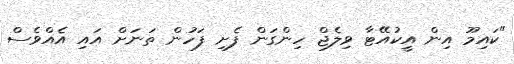
"ކައިމޫ އިން އީކުއޭޓާ ވިލެޖް ހިންގަން ފެށި ފަހުން ތަނަށް އައި އެއްވެސް